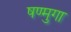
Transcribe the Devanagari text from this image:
षण्मुगा